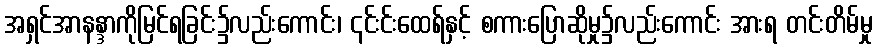
အရှင်အာနန္ဒာကိုမြင်ရခြင်း၌လည်းကောင်း၊ ၎င်းင်းထေရ်နှင့် စကားပြောဆိုမှု၌လည်းကောင်း အားရ တင်းတိမ်မှု